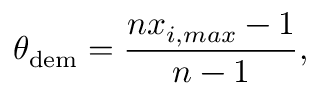
\theta _ { \mathrm { d e m } } = \frac { n x _ { i , m a x } - 1 } { n - 1 } ,